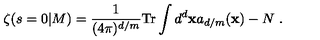
\zeta ( s = 0 | M ) = { \frac { 1 } { ( 4 \pi ) ^ { d / m } } } \mathrm { T r } \int d ^ { d } { \bf x } a _ { d / m } ( { \bf x } ) - N \ .